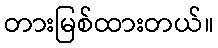
တားမြစ်ထားတယ်။